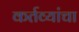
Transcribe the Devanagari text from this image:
कर्तव्यांचा